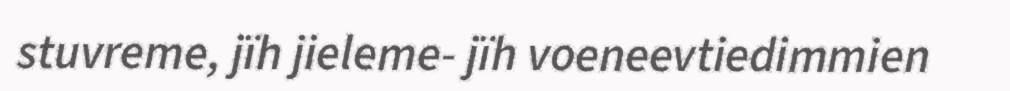
stuvreme, jïh jieleme- jïh voeneevtiedimmien